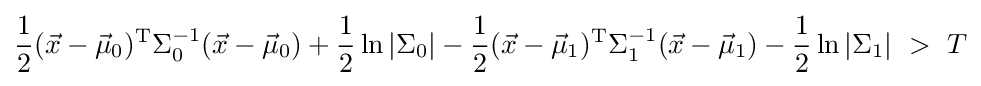
{\frac {1}{2}}({\vec {x}}-{\vec {\mu }}_{0})^{\mathrm {T} }\Sigma _{0}^{-1}({\vec {x}}-{\vec {\mu }}_{0})+{\frac {1}{2}}\ln |\Sigma _{0}|-{\frac {1}{2}}({\vec {x}}-{\vec {\mu }}_{1})^{\mathrm {T} }\Sigma _{1}^{-1}({\vec {x}}-{\vec {\mu }}_{1})-{\frac {1}{2}}\ln |\Sigma _{1}|\ >\ T